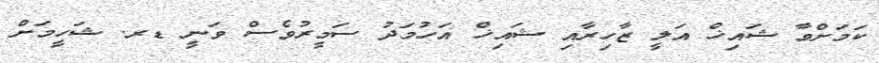
ކަމަށްވާ ޝައިޚް އަލީ ޒާހިރާއި ޝައިޚް އަހުމަދު ސަމީރުވެސް ވަނީ ޑރ. ޝަހީމަށް